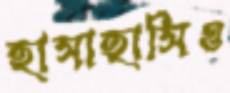
হাসাহাসিও